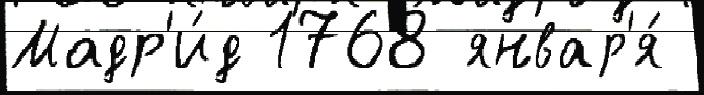
Мадр'и́д 1768 январ'я́